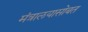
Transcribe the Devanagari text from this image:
मंत्रालयासोबत